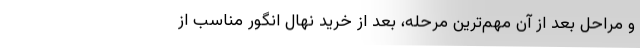
و مراحل بعد از آن مهم‌ترین مرحله، بعد از خرید نهال انگور مناسب از